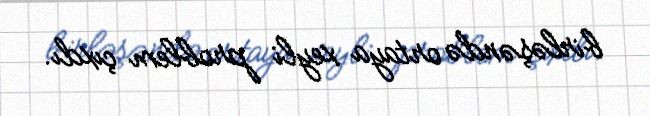
birləşəndə ortaya xeyli problem çıxdı.